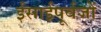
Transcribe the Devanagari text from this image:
ईसाईपूर्वजों